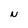
Character: N